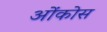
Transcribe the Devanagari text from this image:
ओंकोस